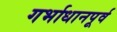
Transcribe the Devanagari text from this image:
गर्भाधानपूर्व